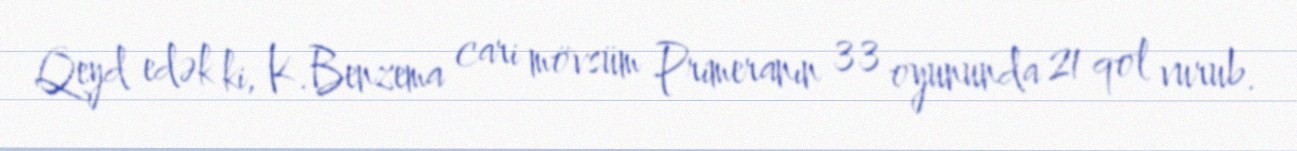
Qeyd edək ki, K.Benzema cari mövsüm Primeranın 33 oyununda 21 qol vurub.